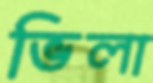
ভিলা